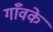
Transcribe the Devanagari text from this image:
गाँवके